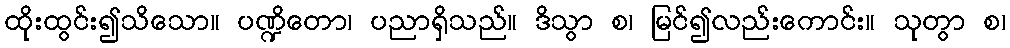
ထိုးထွင်း၍သိသော။ ပဏ္ဍိတော၊ ပညာရှိသည်။ ဒိသွာ စ၊ မြင်၍လည်းကောင်း။ သုတွာ စ၊